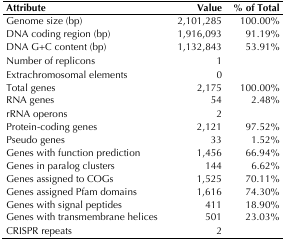
| Attribute | Value | % of Total |
 | --- | --- | --- |
 | Genome size (bp) | 2,101,285 | 100.00% |
 | DNA coding region (bp) | 1,916,093 | 91.19% |
 | DNA G+C content (bp) | 1,132,843 | 53.91% |
 | Number of replicons | 1 |  |
 | Extrachromosomal elements | 0 |  |
 | Total genes | 2,175 | 100.00% |
 | RNA genes | 54 | 2.48% |
 | rRNA operons | 2 |  |
 | Protein-coding genes | 2,121 | 97.52% |
 | Pseudo genes | 33 | 1.52% |
 | Genes with function prediction | 1,456 | 66.94% |
 | Genes in paralog clusters | 144 | 6.62% |
 | Genes assigned to COGs | 1,525 | 70.11% |
 | Genes assigned Pfam domains | 1,616 | 74.30% |
 | Genes with signal peptides | 411 | 18.90% |
 | Genes with transmembrane helices | 501 | 23.03% |
 | CRISPR repeats | 2 |  |